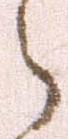
之